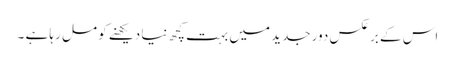
اس کے برعکس دور جدید میں بہت کچھ نیا دیکھنے کو مل رہا ہے ۔